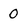
Character: 0